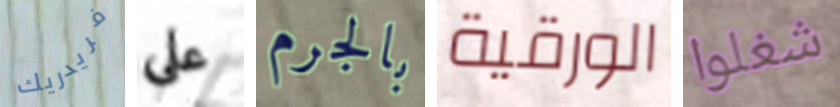
فريدريك علي بالجرم الورقية شغلوا